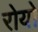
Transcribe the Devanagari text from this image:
रोयो